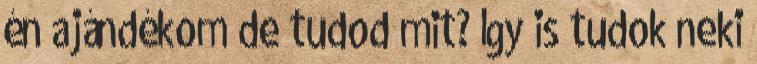
én ajándékom de tudod mit? Így is tudok neki